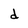
Character: d